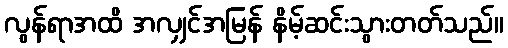
လွန်ရာအထိ အလျှင်အမြန် နိမ့်ဆင်းသွားတတ်သည်။